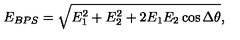
E _ { B P S } = \sqrt { E _ { 1 } ^ { 2 } + E _ { 2 } ^ { 2 } + 2 E _ { 1 } E _ { 2 } \cos \Delta \theta } ,